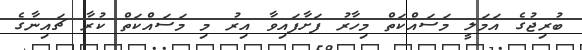
ބުރިޖުގެ އަމަލީ މަސައްކަތް މިހާރު ފަށާފައިވާ އިރު މި މަސައްކަތް ކުރާ ޗައިނާގެ